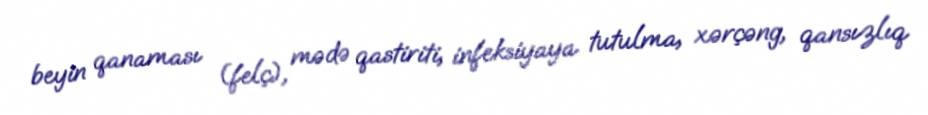
beyin qanaması (felç), mədə qastiriti, infeksiyaya tutulma, xərçəng, qansızlıq